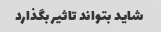
شاید بتواند تاثیر بگذارد